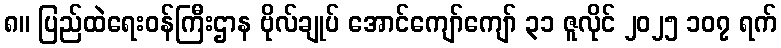
၈။ ပြည်ထဲရေးဝန်ကြီးဌာန ဗိုလ်ချုပ် အောင်ကျော်ကျော် ၃၁ ဇူလိုင် ၂၀၂၅ ၁၀၇ ရက်